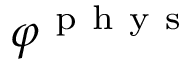
\varphi ^ { \mathrm { ~ p ~ h ~ y ~ s ~ } }